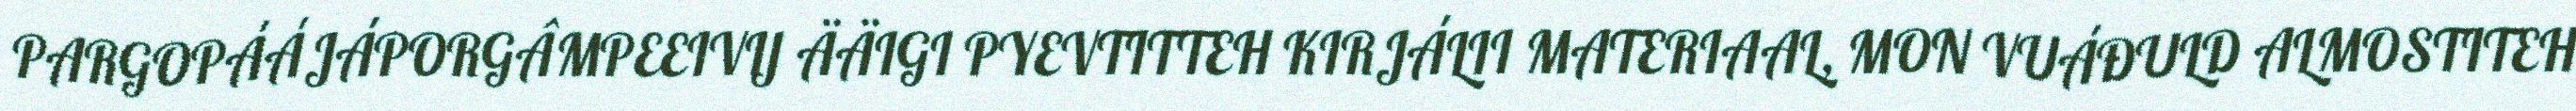
PARGOPÁÁJÁPORGÂMPEEIVIJ ÄÄIGI PYEVTITTEH KIRJÁLII MATERIAAL, MON VUÁĐULD ALMOSTITEH